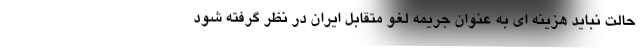
حالت نباید هزینه ای به عنوان جریمه لغو متقابل ایران در نظر گرفته شود